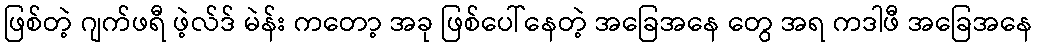
ဖြစ်တဲ့ ဂျက်ဖရီ ဖဲ့လ်ဒ် မဲန်း ကတော့ အခု ဖြစ်ပေါ်နေတဲ့ အခြေအနေ တွေ အရ ကဒါဖီ အခြေအနေ